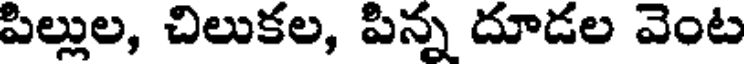
పిల్లుల, చిలుకల, పిన్న దూడల వెంట